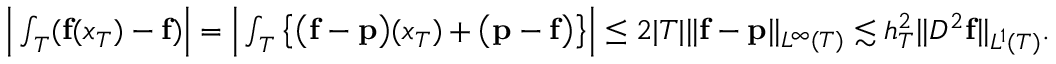
\begin{array} { r } { \Big | \int _ { T } ( \mathbf { f } ( x _ { T } ) - \mathbf { f } ) \Big | = \Big | \int _ { T } \big \{ \big ( \mathbf { f } - \mathbf { p } \big ) ( x _ { T } ) + \big ( \mathbf { p } - \mathbf { f } \big ) \big \} \Big | \le 2 | T | \| \mathbf { f } - \mathbf { p } \| _ { L ^ { \infty } ( T ) } \lesssim h _ { T } ^ { 2 } \| D ^ { 2 } \mathbf { f } \| _ { L ^ { 1 } ( T ) } . } \end{array}